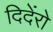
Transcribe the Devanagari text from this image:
दिदेंरो